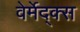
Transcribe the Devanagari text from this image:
वेर्मेद्क्स